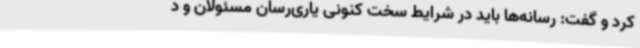
کرد و گفت: رسانه‌ها باید در شرایط سخت کنونی یاری‌رسان مسئولان و د